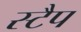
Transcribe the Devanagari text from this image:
स्टैप